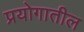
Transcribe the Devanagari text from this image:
प्रयोगातील